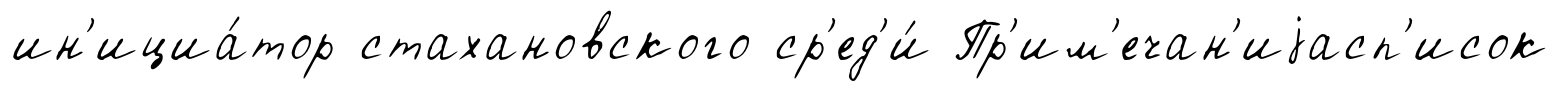
ин'ициа́тор стахановского ср'ед'и́ Пр'им'ечан'иjасп'исок